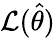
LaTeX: {\mathcal{L}}({\hat{\theta}})